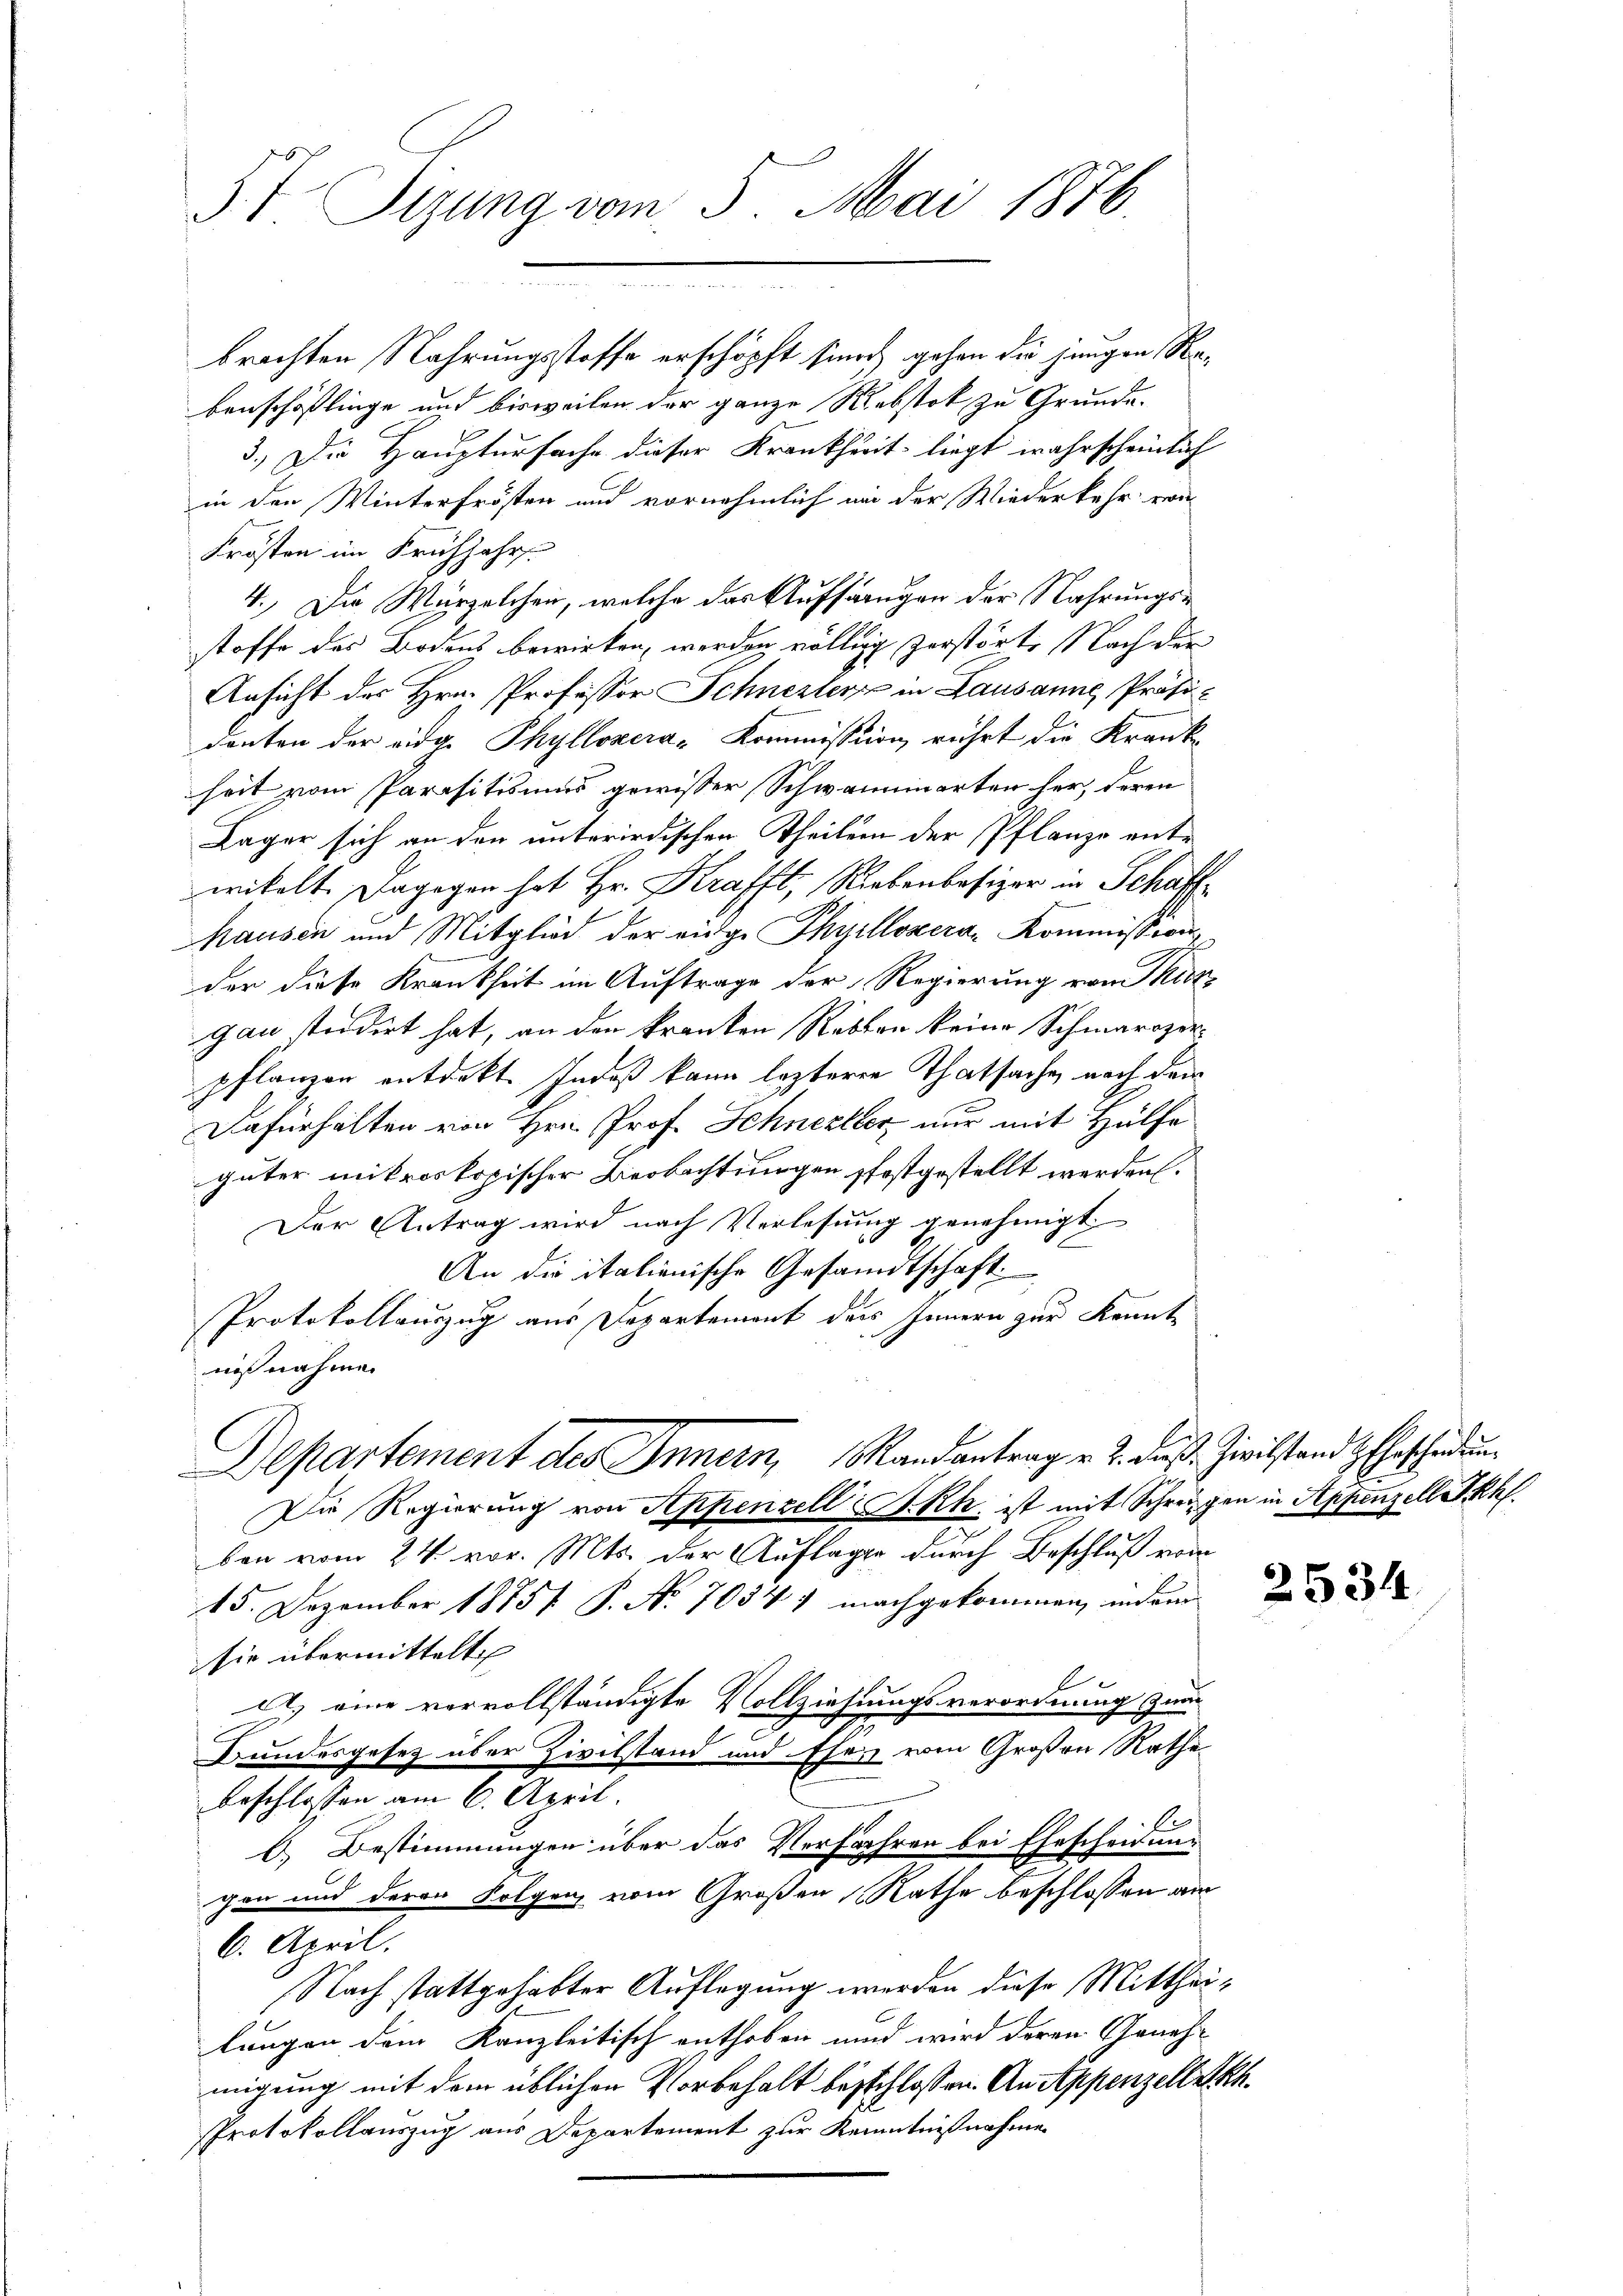
J. V. Sizung vom 5. Mai 1876.

.

brachten Nahrungsstoffe erschöpft sinoch gehen die jungen Rabenschöflinge und bisweilen der ganze Rebstok zu Grunde.
3.) Die Haupturfache dieser Krankheit liegt wahrscheinlich
in den Winterfrösten und vornehmlich an der Wiederkehr von
Krösten im Frühjahr
4.) Die Würzelchen, welche das Aufsängen der Nahrungs-
stoffe des Bodens bewirken, werden völlig zerstörte Nach der
Ansicht des Hrn. Professor Schnerter in Lausanne Präsidenten der eidg. Phyllozera-Kommission, rührt die Krankheit vom Parositismus gewisser Schwamminarten her, deren
Lager sich an den unterirdischen Theilen der Pflanze entwikelt. Dagegen hat Hr. Krafft, Riebenbesizer in Schaff
hausen und Mitglied der eidge Thyillonera-Kommission
der diese Krankheit im Auftrage der Regierung von Thut
gau studirt hat, an den kranken Reben keine Schmarozerpflanzen entdeckt. Indeß kann lezteren Thatsache nach dem
Dafürhalten von Hrn. Prof. Schneller nur mit Hülfe
güter mikroskopischer Beobachtungen festgestellt werden.
Der Antrag wird nach Verlesung genehmigt
An die italienische Gesandtschaft
Protokollauszug aus Departement des Innern zur Kenntniß nahme.
Departement des Innern, Randantrag v. 2. das Zivilstand Ehescheidun
Die Regierung von Appenzell I.Rh. ist mit Schreigen in Appenzelle kk.
ben vom 24. vor. Mts. der Auflager durch Beschluß vom
15. Dezember 1875 P. Nr. 70347 nachgekommen, indem
sie übermittelt
A. eine vervollständigte Vollziehungsverordnung zum
Bundesgesetz über Zivilstand und Ehe vom Großen Rathe
beschlossen am 6. April.
b) Bestimmungen über das Verfahren bei Ehescheidung
gen und deren Folgen vom Großen Rathe beschlossen am
6. April.
Nach stattgehabter Auflegung werden diese Mittheilungen dem Kanzleitisch enthoben und wird deren Geneh-
migung mit dem üblichen Vorbehalt beschlossen. An Appenzell Akh¬
Protokollauszug aus Departement zur Kenntnißnahme

2534